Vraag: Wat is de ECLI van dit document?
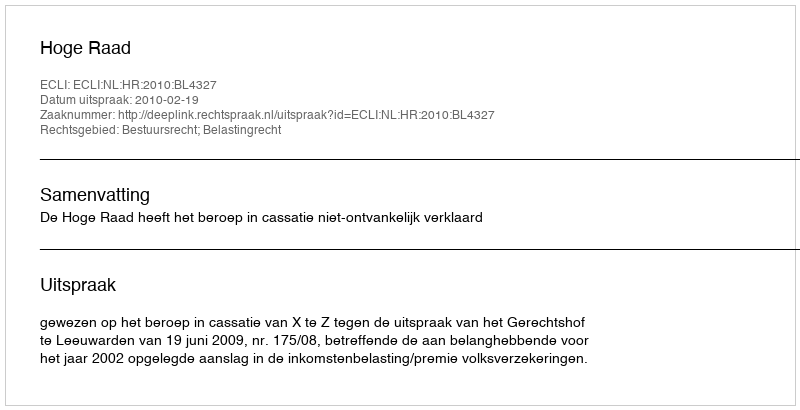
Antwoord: ECLI:NL:HR:2010:BL4327